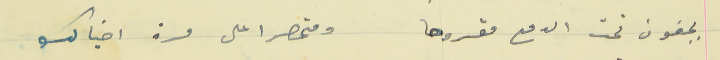
بجفون تحت الدمع مقروحا                                  ومتحصرا على مرة اخيالك